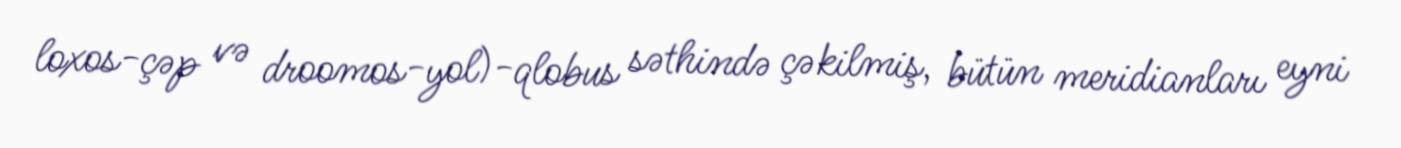
loxos-çəp və droomos-yol)-qlobus səthində çəkilmiş, bütün meridianları eyni